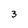
Character: 3